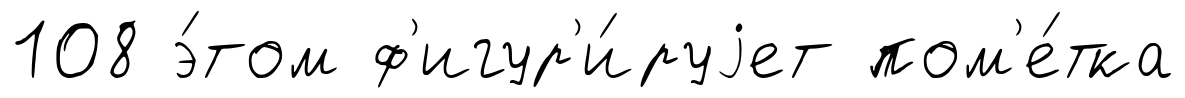
108 э́том ф'игур'и́руjет пом'е́тка